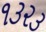
૧૩૨૩